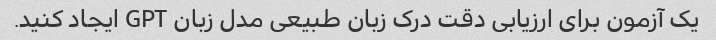
یک آزمون برای ارزیابی دقت درک زبان طبیعی مدل زبان GPT ایجاد کنید.